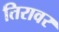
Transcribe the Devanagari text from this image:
तिरावर